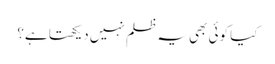
کیا کوئی بھی یہ ظلم نہیں دیکھتا ہے؟